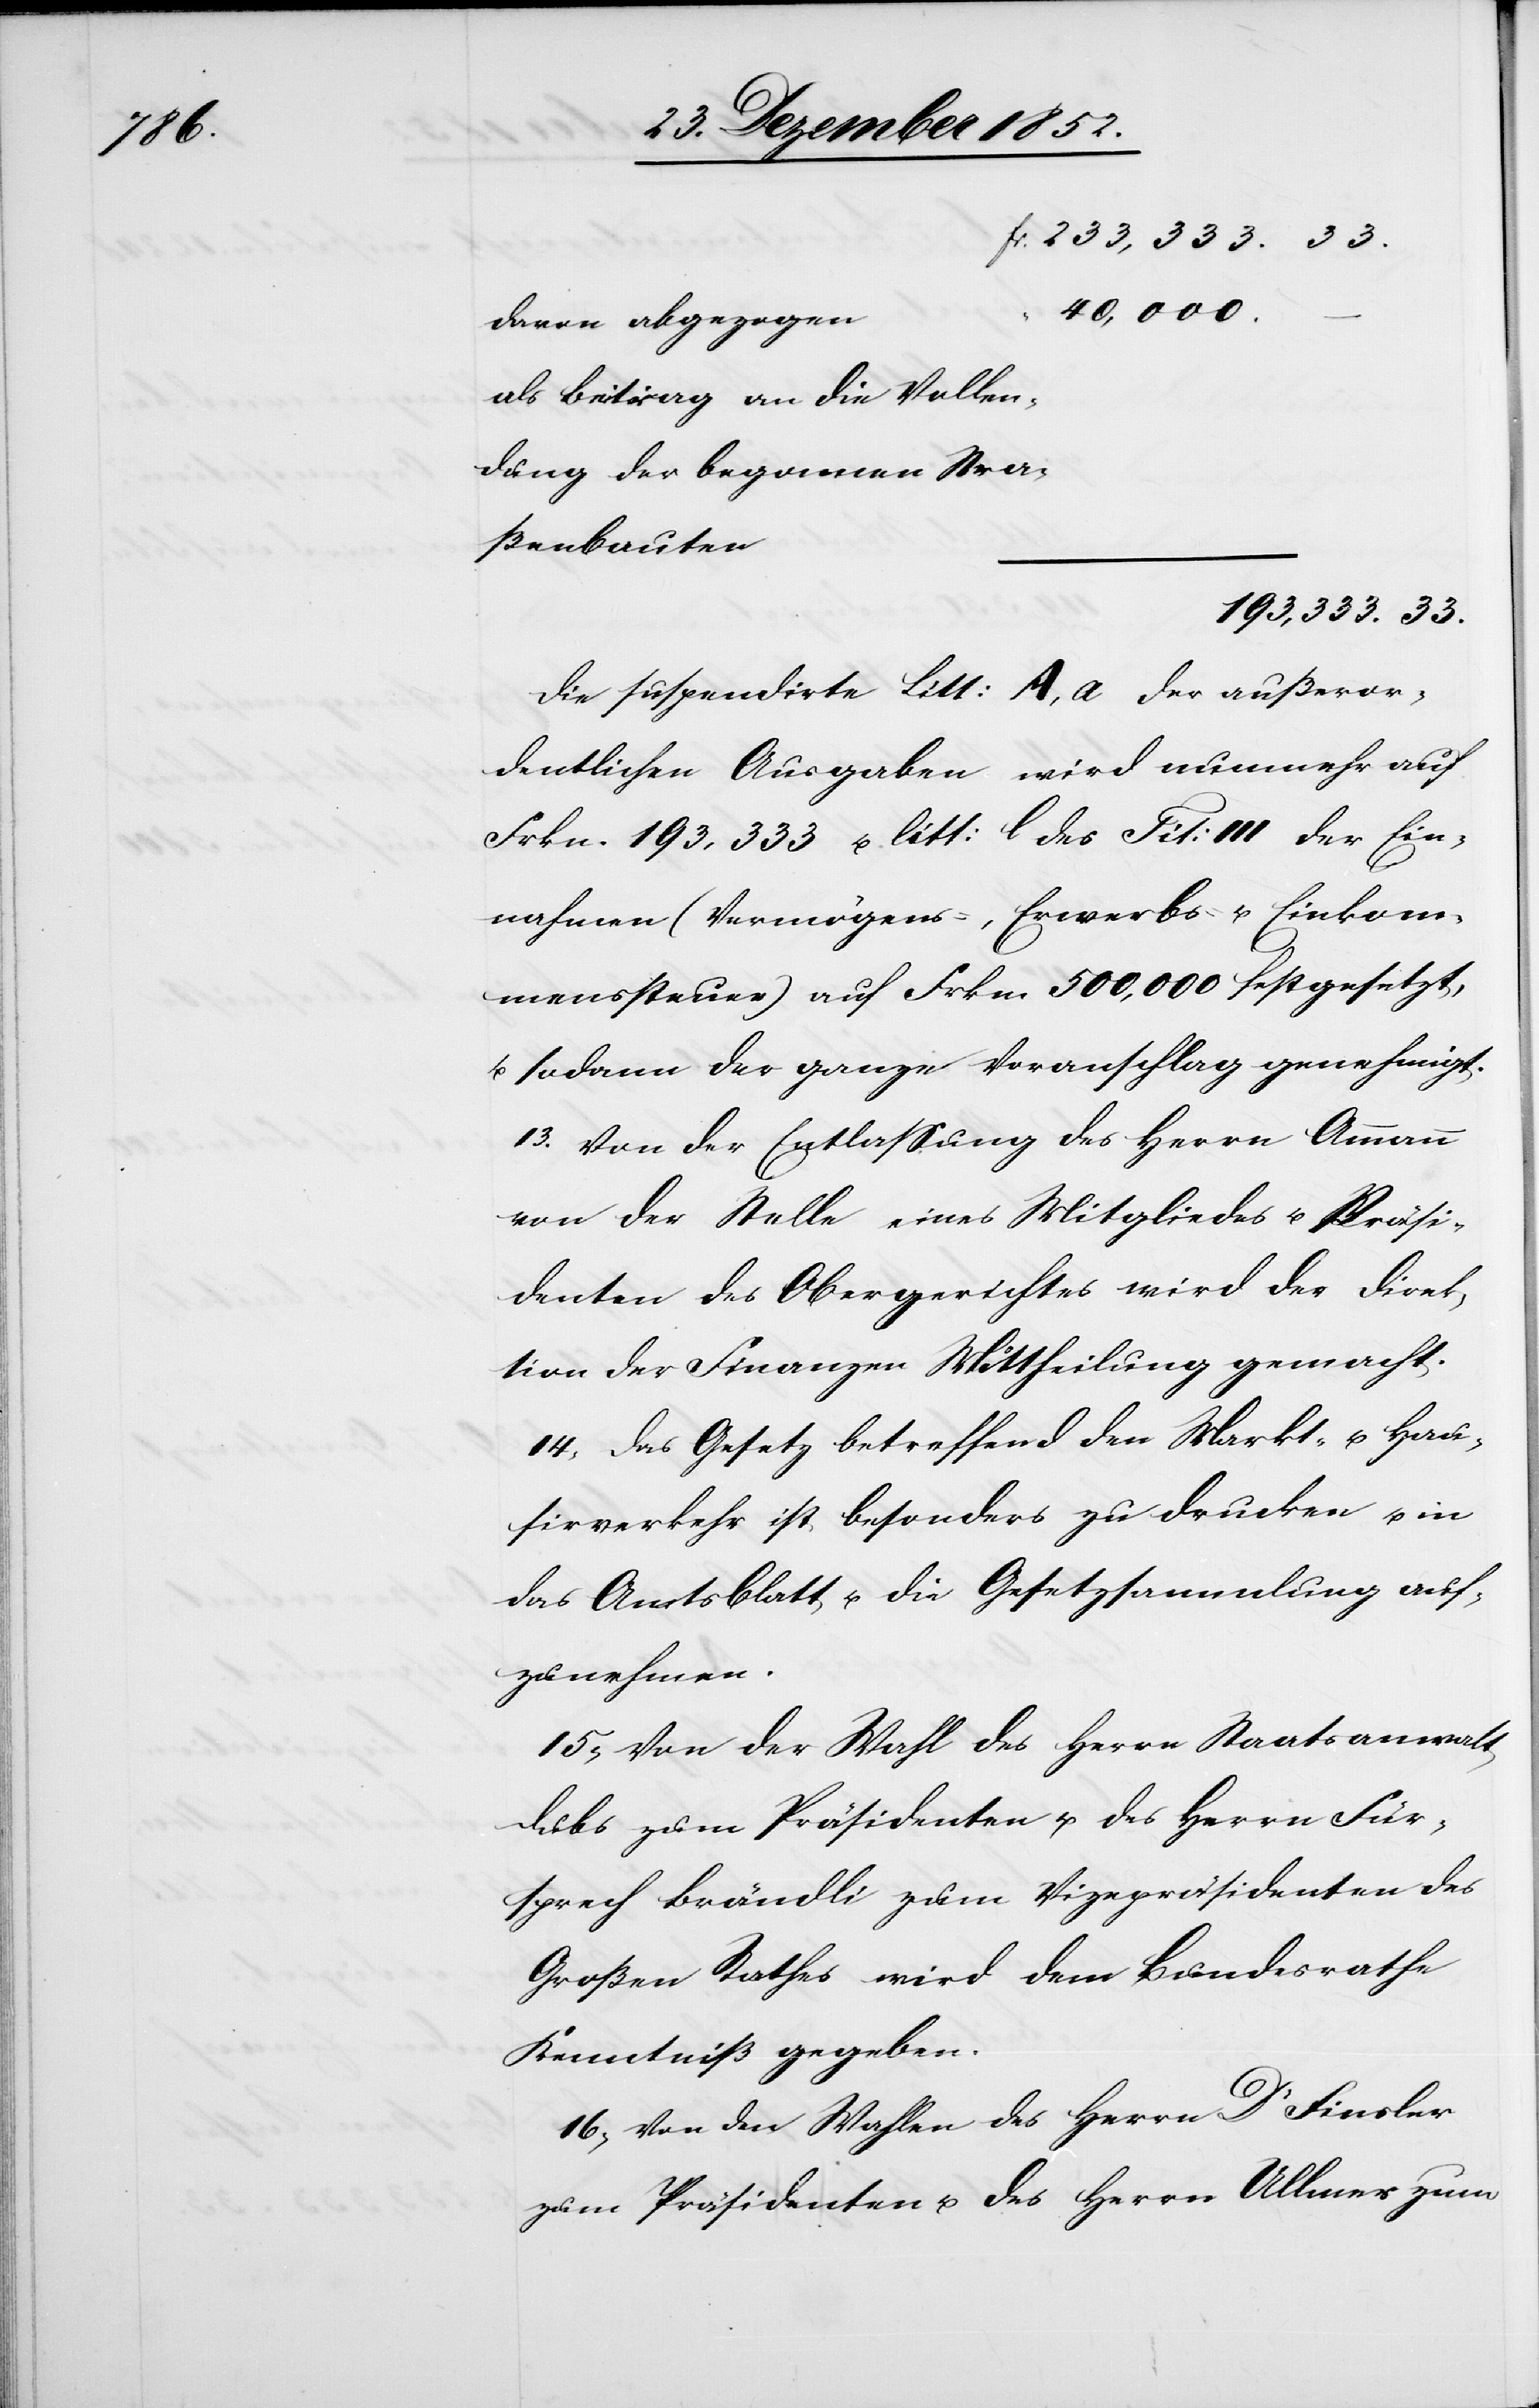
40,000.
davon abgezogen
als Beitrag an die Vollen¬
dung der begonnen[en] Stra¬
ßenbauten
193,333. 33.
Die suspendirte Litt: A, a der außeror¬
dentlichen Ausgaben wird nunmehr auf
Frkn. 193,333 u. litt: l des Tit: III der Ein¬
nahmen (Vermögens-, Erwerbs- u. Einkom¬
menssteuer) auf Frkn. 500,000 festgesetzt,
u. sodann der ganze Voranschlag genehmigt.
13. Von der Entlassung des Herrn Ammann
von der Stelle eines Mitgliedes u. Präsi¬
denten des Obergerichtes wird der Direk¬
tion der Finanzen Mittheilung gemacht.
14, Das Gesetz betreffend den Markt- u. Hau¬
sirverkehr ist besonders zu drucken u. in
das Amtsblatt u. die Gesetzsammlung auf¬
zunehmen.
15, Von der Wahl des Herrn Staatsanwalt
Dubs zum Präsidenten u. des Herrn Für¬
sprech Brändli zum Vizepräsidenten des
Großen Rathes wird dem Bundesrathe
Kenntniß gegeben.
16, Von den Wahlen des Herrn Dr Finsler
zum Präsidenten u. des Herrn Ullmer zum